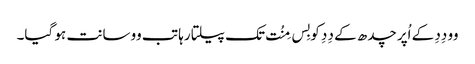
وو دِدِ کے اُپر چدھ کے دِدِ کو بِس مِنُت تک پیلتا رہا تب وو سانت ہو گیا۔